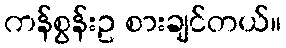
ကန်စွန်းဥ စားချင်တယ်။